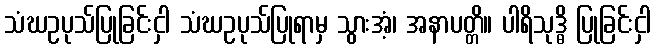
သံဃဥပုသ်ပြုခြင်းငှါ သံဃဥပုသ်ပြုရာမှ သွားအံ့၊ အနာပတ္တိ။ ပါရိသုဒ္ဓိ ပြုခြင်းငှါ